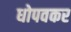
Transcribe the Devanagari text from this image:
धोपवकर